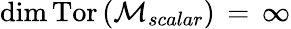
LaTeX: \mathrm{dim}\, \mathrm{Tor}\left({\cal M}_{scalar}\right)\, =\, \infty